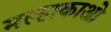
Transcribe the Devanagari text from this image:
मल्हाकाओ